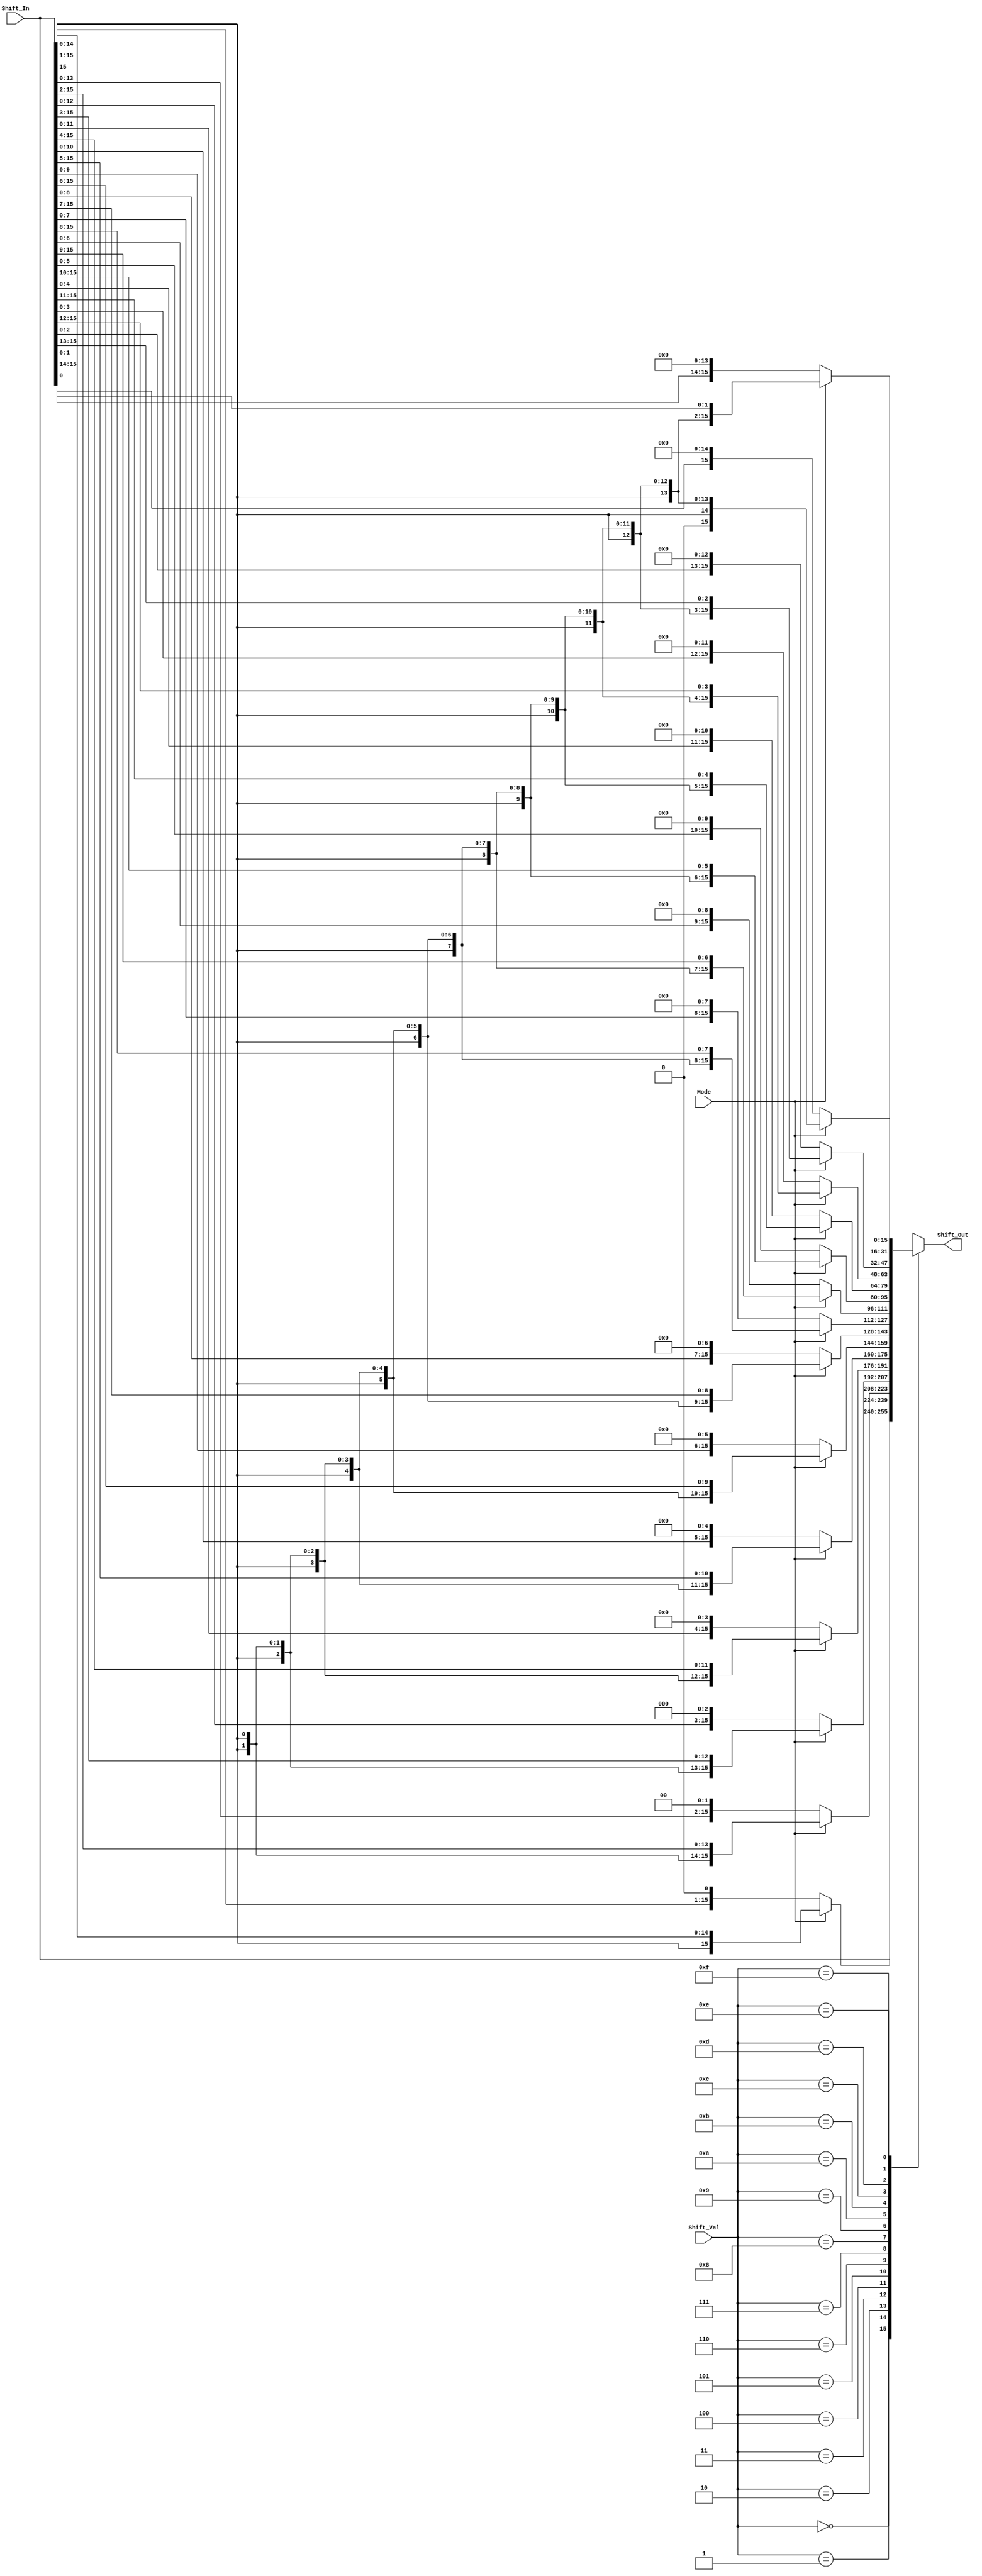
module Shifter(Shift_Out,Shift_In,Shift_Val,Mode);

input [15:0] Shift_In;
input [3:0] Shift_Val;
input Mode;
output reg [15:0] Shift_Out;

always @(*) begin 
	case(Shift_Val)
		4'h0: Shift_Out = Shift_In;
		4'h1: Shift_Out = (Mode == 1) ? {{4'h1{Shift_In[15]}},Shift_In[15:1]} : Shift_In << 4'h1;
		4'h2: Shift_Out = (Mode == 1) ? {{4'h2{Shift_In[15]}},Shift_In[15:2]} : Shift_In << 4'h2;
		4'h3: Shift_Out = (Mode == 1) ? {{4'h3{Shift_In[15]}},Shift_In[15:3]} : Shift_In << 4'h3;
		4'h4: Shift_Out = (Mode == 1) ? {{4'h4{Shift_In[15]}},Shift_In[15:4]} : Shift_In << 4'h4;
		4'h5: Shift_Out = (Mode == 1) ? {{4'h5{Shift_In[15]}},Shift_In[15:5]} : Shift_In << 4'h5;
		4'h6: Shift_Out = (Mode == 1) ? {{4'h6{Shift_In[15]}},Shift_In[15:6]} : Shift_In << 4'h6;
		4'h7: Shift_Out = (Mode == 1) ? {{4'h7{Shift_In[15]}},Shift_In[15:7]} : Shift_In << 4'h7;
		4'h8: Shift_Out = (Mode == 1) ? {{4'h8{Shift_In[15]}},Shift_In[15:8]} : Shift_In << 4'h8;
		4'h9: Shift_Out = (Mode == 1) ? {{4'h9{Shift_In[15]}},Shift_In[15:9]} : Shift_In << 4'h9;
		4'hA: Shift_Out = (Mode == 1) ? {{4'hA{Shift_In[15]}},Shift_In[15:10]} : Shift_In << 4'hA;
		4'hB: Shift_Out = (Mode == 1) ? {{4'hB{Shift_In[15]}},Shift_In[15:11]} : Shift_In << 4'hB;
		4'hC: Shift_Out = (Mode == 1) ? {{4'hC{Shift_In[15]}},Shift_In[15:12]} : Shift_In << 4'hC;
		4'hD: Shift_Out = (Mode == 1) ? {{4'hD{Shift_In[15]}},Shift_In[15:13]} : Shift_In << 4'hD;
		4'hE: Shift_Out = (Mode == 1) ? {{4'hE{Shift_In[15]}},Shift_In[15:14]} : Shift_In << 4'hE;
		4'hF: Shift_Out = (Mode == 1) ? {4'hF{Shift_In[15]}} : Shift_In << 4'hF;
		default : Shift_Out = Shift_In;
	endcase
end 
endmodule